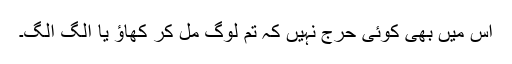
اس میں بھی کوئی حرج نہیں کہ تم لوگ مل کر کھاؤ یا الگ الگ۔